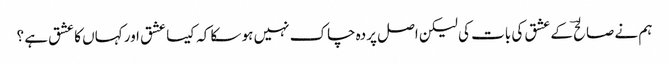
ہم نے صالحؔ کے عشق کی بات کی لیکن اصل پردہ چاک نہیں ہو سکا کہ کیسا عشق اور کہاں کا عشق ہے ؟